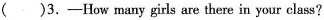
( )3. ——How many girls are there in your class?